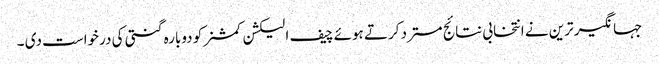
جہانگیر ترین نے انتخابی نتائج مسترد کرتے ہوئے چیف الیکشن کمشنر کو دوبارہ گنتی کی درخواست دی ۔